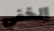
الخفي